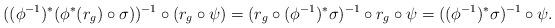
LaTeX: \begin{align*}((\phi^{-1})^*(\phi^*(r_{g})\circ \sigma))^{-1}\circ (r_g\circ \psi)=(r_g\circ (\phi^{-1})^*\sigma)^{-1}\circ r_g\circ \psi=((\phi^{-1})^*\sigma)^{-1}\circ\psi.\end{align*}